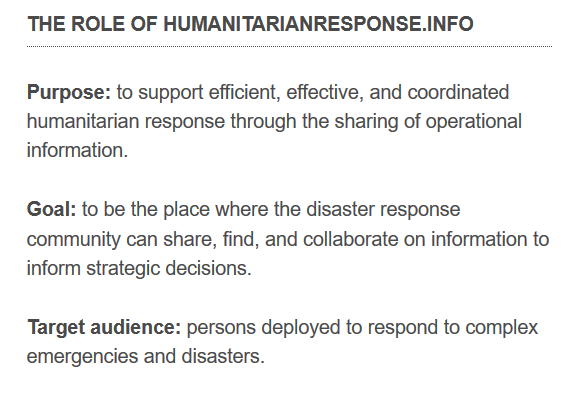
THE  ROLE  OF HUMANITARIANRESPONSE.INFO
   Purpose: to support efficient, effective, and coordinated
   humanitarian response through the sharing of operational
   information.
   Goal: to be the place where the disaster response
   community can share, find, and collaborate on information to
   inform strategic decisions.
   Target audience: persons deployed to respond to complex
   emergencies and disasters.